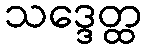
သဒ္ဒေတ္ထ